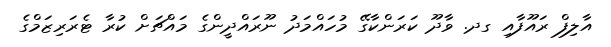
އާލިފް ރައޫފާއި ގދ. ވާދޫ ކަރަންކާގޭ މުހައްމަދު ނޫރައްދީންގެ މައްޗަށް ކުރާ ޓެރަރިޒަމްގެ